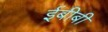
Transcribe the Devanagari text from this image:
ईबीबी